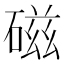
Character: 磁